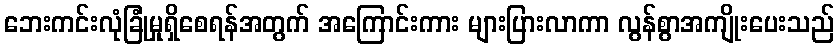
ဘေးကင်းလုံခြုံမှုရှိစေရန်အတွက် အကြောင်းကား များပြားလာကာ လွန်စွာအကျိုးပေးသည်